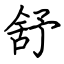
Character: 舒